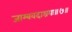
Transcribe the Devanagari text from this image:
जाम्बवदाश्रयः॥७॥